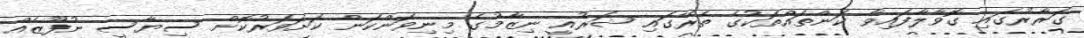
ގަރާރުގައި ގޮވާލާފައިވާ ކަންތައްތަކުގެ ތެރޭގައި ޝަރުއީ ނިޒާމުގެ މިނިވަންކަން ކަށަވަރުކޮށް ސިޔާސީ ނުފޫޒެއް